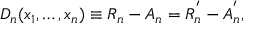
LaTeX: D _ { n } ( x _ { 1 } , \ldots , x _ { n } ) \equiv R _ { n } - A _ { n } = R _ { n } ^ { ^ { \prime } } - A _ { n } ^ { ^ { \prime } } ,